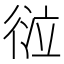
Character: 𢔆